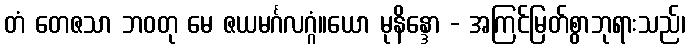
တံ တေဇသာ ဘဝတု မေ ဇယမင်္ဂလဂ္ဂံ။ယော မုနိန္ဒော - အကြင်မြတ်စွာဘုရားသည်၊